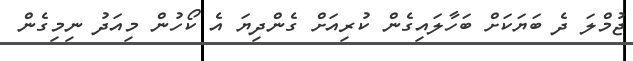
ޖުމްލަ ދެ ބަޔަކަށް ބަހާލައިގެން ކުރިއަށް ގެންދިޔަ އެ ކޯހުން މިއަދު ނިމިގެން